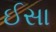
ઈસા